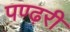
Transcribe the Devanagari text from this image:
पण्ढ़री